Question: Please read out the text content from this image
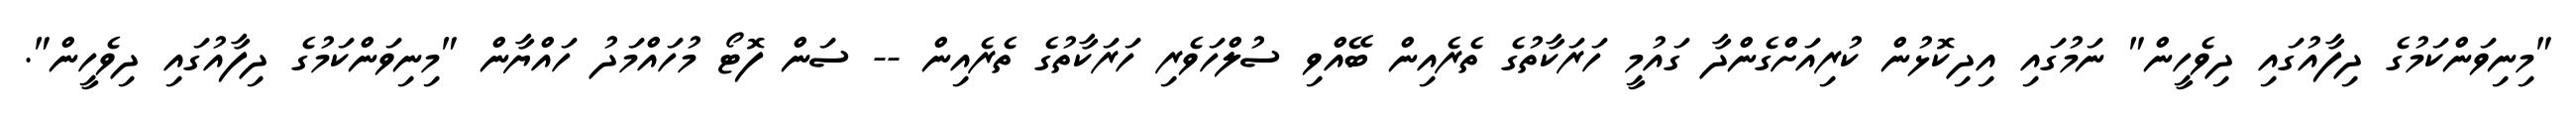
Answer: "މިނިވަންކަމުގެ ދިފާއުގައި ދިވެހީން" ނަމުގައި އިދިކޮޅުން ކުރިއަށްގެންދާ ގައުމީ ހަރަކާތުގެ ތެރެއިން ބޭއްވި ސުލްހަވެރި ހަރަކާތުގެ ތެރެއިން -- ސަން ފޮޓޯ މުހައްމަދު ހައްޔާން "މިނިވަންކަމުގެ ދިފާއުގައި ދިވެހީން".